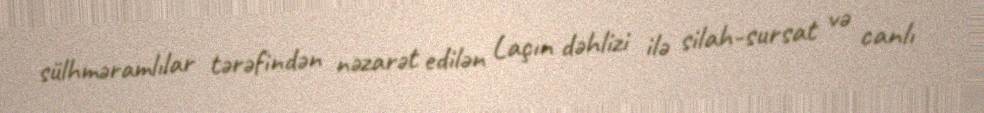
sülhməramlılar tərəfindən nəzarət edilən Laçın dəhlizi ilə silah-sursat və canlı